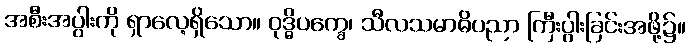
အစီးအပွါးကို ရှာလေ့ရှိသော။ ဝုဒ္ဓိပက္ခေ၊ သီလသမာဓိပညာ ကြီးပွါးခြင်းအဖို့၌။